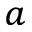
_ a